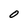
Character: O